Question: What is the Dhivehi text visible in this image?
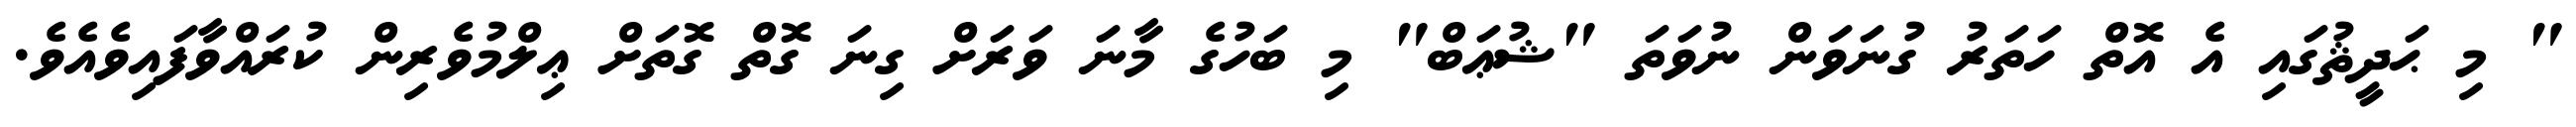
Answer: " މި ޙަދީޘުގައި އެ އޮތް ހަތަރު ގުނަވަން ނުވަތަ "ޝުޢަބް" މި ބަހުގެ މާނަ ވަރަށް ގިނަ ގޮތް ގޮތަށް ޢިލްމުވެރިން ކުރައްވާފައިވެއެވެ.